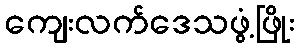
ကျေးလက်ဒေသဖွံ့ဖြိုး